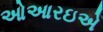
ઓઆરઇએ